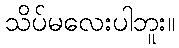
သိပ်မလေးပါဘူး။